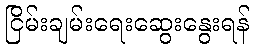
ငြိမ်းချမ်းရေးဆွေးနွေးရန်